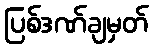
ပြစ်ဒဏ်ချမှတ်